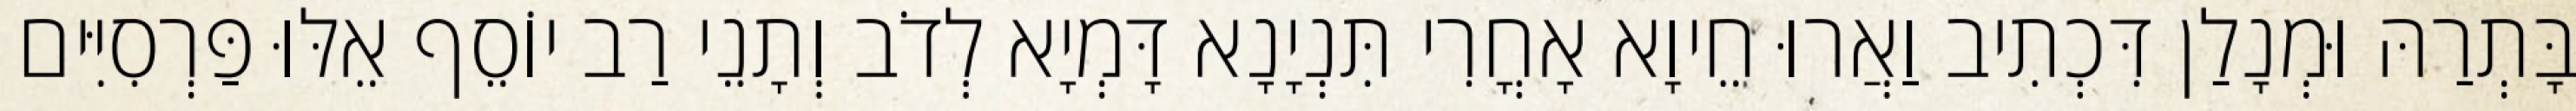
בָּתְרַהּ וּמְנָלַן דִּכְתִיב וַאֲרוּ חֵיוָא אָחֳרִי תִּנְיָנָא דָּמְיָא לְדֹב וְתָנֵי רַב יוֹסֵף אֵלּוּ פַּרְסִיִּים